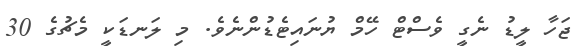
ޖަހާ ލީޑު ނެގީ ވެސްޓް ހޭމް ޔުނައިޓެޑުންނެވެ. މި ލަނޑަކީ މެޗުގެ 30